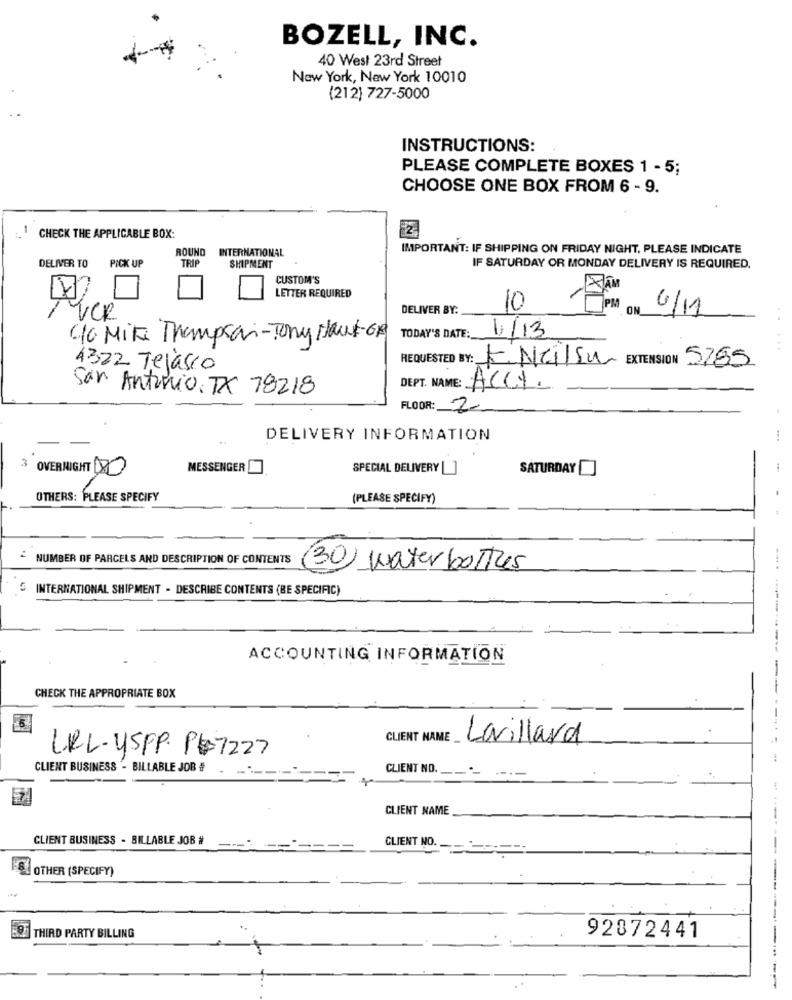
BOZELL, INC.
40 West 23rd Street
New York, New York 10010
(212) 727-5000
INSTRUCTIONS:
PLEASE COMPLETE BOXES 1 - 5;
CHOOSE ONE BOX FROM 6 - 9.
CHECK THE APPLICABLE BOX:
ROUND
INTERNATIONAL
IMPORTANT: IF SHIPPING ON FRIDAY NIGHT, PLEASE INDICATE
PICK UP
TRIP
DELIVER TO
SHIPMENT
IF SATURDAY OR MONDAY DELIVERY IS REQUIRED.
CUSTOM'S
LETTER REQUIRED
DELIVER BY:
10
VCR
0/11
40 Min Thompson-Tony Haut-GR
TODAY'S DATE:
1/13
REQUESTED BY: ENCISU EXTENSION 5785
4322 Tejasco
San Antonio, TX 78218
DEPT. NAME: ACCI.
FLOOR:
2
DELIVERY INFORMATION
3 OVERNIGHT DO
MESSENGER
SATURDAY
SPECIAL DELIVERY []
OTHERS: PLEASE SPECIFY
(PLEASE SPECIFY)
NUMBER OF PARCELS AND DESCRIPTION OF CONTENTS
(30) water bottles
INTERNATIONAL SHIPMENT - DESCRIBE CONTENTS (BE SPECIFIC)
ACCOUNTING INFORMATION
CHECK THE APPROPRIATE BOX
CLIENT NAME
Lavillard
URL-USPP. P#7227
CLIENT BUSINESS - BILLABLE JOB #
CLIENT NO.
CLIENT NAME
CLIENT BUSINESS . BILLABLE JOB #
CLIENT NO.
OTHER (SPECIFY)
THIRD PARTY BILLING
92872441